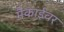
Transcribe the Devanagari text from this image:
मैकाईवर